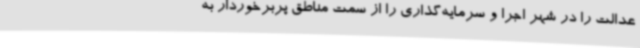
عدالت را در شهر اجرا و سرمایه‌گذاری را از سمت مناطق پربرخوردار به